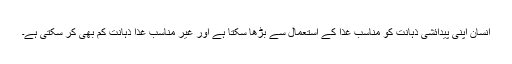
انسان اپنی پیدائشی ذہانت کو مناسب غذا کے استعمال سے بڑھا سکتا ہے اور غیر مناسب غذا ذہانت کم بھی کر سکتی ہے۔